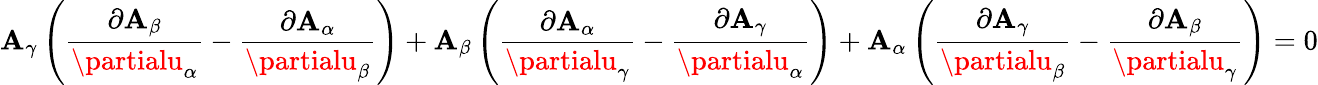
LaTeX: \mathbf{A}_{\gamma}\left({\frac{{\partial\mathbf{A}_{\beta}}}{{\partialu_{\alpha}}}}-{\frac{{\partial\mathbf{A}_{\alpha}}}{{\partialu_{\beta}}}}\right)+\mathbf{A}_{\beta}\left({\frac{{\partial\mathbf{A}_{\alpha}}}{{\partialu_{\gamma}}}}-{\frac{{\partial\mathbf{A}_{\gamma}}}{{\partialu_{\alpha}}}}\right)+\mathbf{A}_{\alpha}\left({\frac{{\partial\mathbf{A}_{\gamma}}}{{\partialu_{\beta}}}}-{\frac{{\partial\mathbf{A}_{\beta}}}{{\partialu_{\gamma}}}}\right)=0